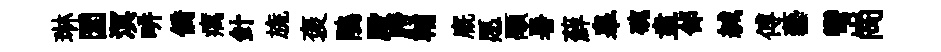
琳圜溟畊僑癘針旒褒鵑殿胯輔廐愿顒暑蘚皋碗盍郃緘傅藝彎崗